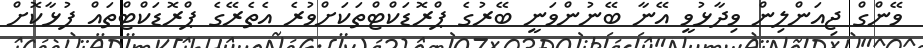
ވޭންގް ޖިއަންލިން ވިދާޅުވީ އޭނާ ބޭނުންވަނީ ބޭރުގެ ޕްރޮޑަކްޓްތަކަށްވުރެ އެތެރޭގެ ޕްރޮޑަކްޓްތައް ފުޅާކޮށް